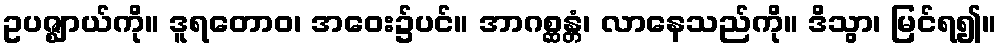
ဥပဇ္ဈာယ်ကို။ ဒူရတောဝ၊ အဝေး၌ပင်။ အာဂစ္ဆန္တံ၊ လာနေသည်ကို။ ဒိသွာ၊ မြင်ရ၍။